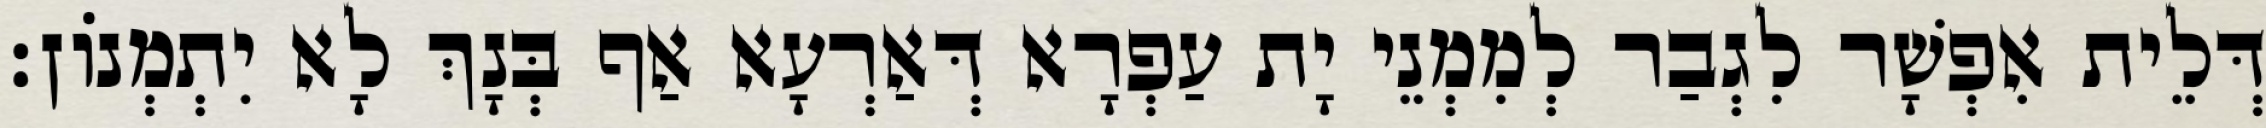
דְּלֵית אִפְשָׁר לִגְבַר לְמִמְנֵי יָת עַפְרָא דְּאַרְעָא אַף בְּנָךְ לָא יִתְמְנוֹן׃